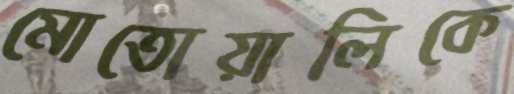
মোতোয়ালিকে